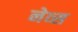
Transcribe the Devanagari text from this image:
नेव्स